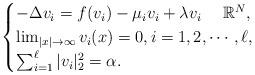
LaTeX: \begin{align*} \begin{cases} -\Delta v_i=f(v_i)-\mu_iv_i+\lambda v_i \ \ \ \ \mathbb R^N,\\ \lim_{|x|\to\infty}v_i(x)=0, i=1,2,\cdots, \ell,\\ \sum_{i=1}^\ell |v_i|_2^2= \alpha. \end{cases} \end{align*}